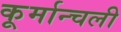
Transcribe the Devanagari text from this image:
कूर्मान्चली